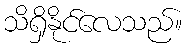
သိရှိနိုင်လေသည်။